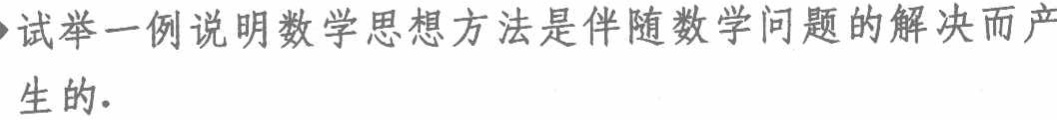
试举一例说明数学思想方法是伴随数学问题的解决而产生的.